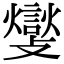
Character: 𮘽